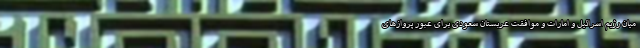
میان رژیم اسرائیل و امارات و موافقت عربستان سعودی برای عبور پروازهای